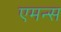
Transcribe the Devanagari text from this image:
एमन्स